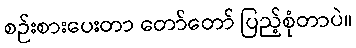
စဉ်းစားပေးတာ တော်တော် ပြည့်စုံတာပဲ။